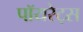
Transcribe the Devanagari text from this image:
पॉयरेट्स